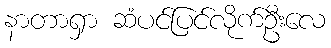
နာတာရှာ ဆံပင်ပြင်လိုက်ဦးလေ